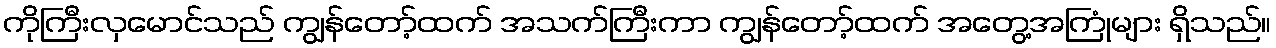
ကိုကြီးလှမောင်သည် ကျွန်တော့်ထက် အသက်ကြီးကာ ကျွန်တော့်ထက် အတွေ့အကြုံများ ရှိသည်။